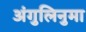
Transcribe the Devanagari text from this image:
अंगुलिनुमा